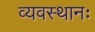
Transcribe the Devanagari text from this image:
व्यवस्थानः